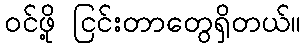
ဝင်ဖို့ ငြင်းတာတွေရှိတယ်။